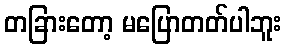
တခြားတော့ မပြောတတ်ပါဘူး